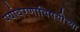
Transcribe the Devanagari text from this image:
पर्यावरणाविषयीच्या